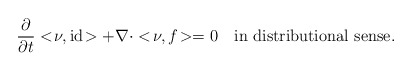
\begin{align*}\frac{\partial}{\partial t}<\!\nu,\mathrm{id}\!>+\nabla\cdot<\!\nu,f\!>=0\quad\mbox{in distributional sense}.\end{align*}